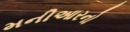
મનીઆરનો